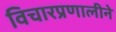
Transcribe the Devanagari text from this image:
विचारप्रणालीने